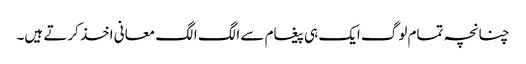
چنانچہ تمام لوگ ایک ہی پیغام سے الگ الگ معانی اخذ کرتے ہیں۔